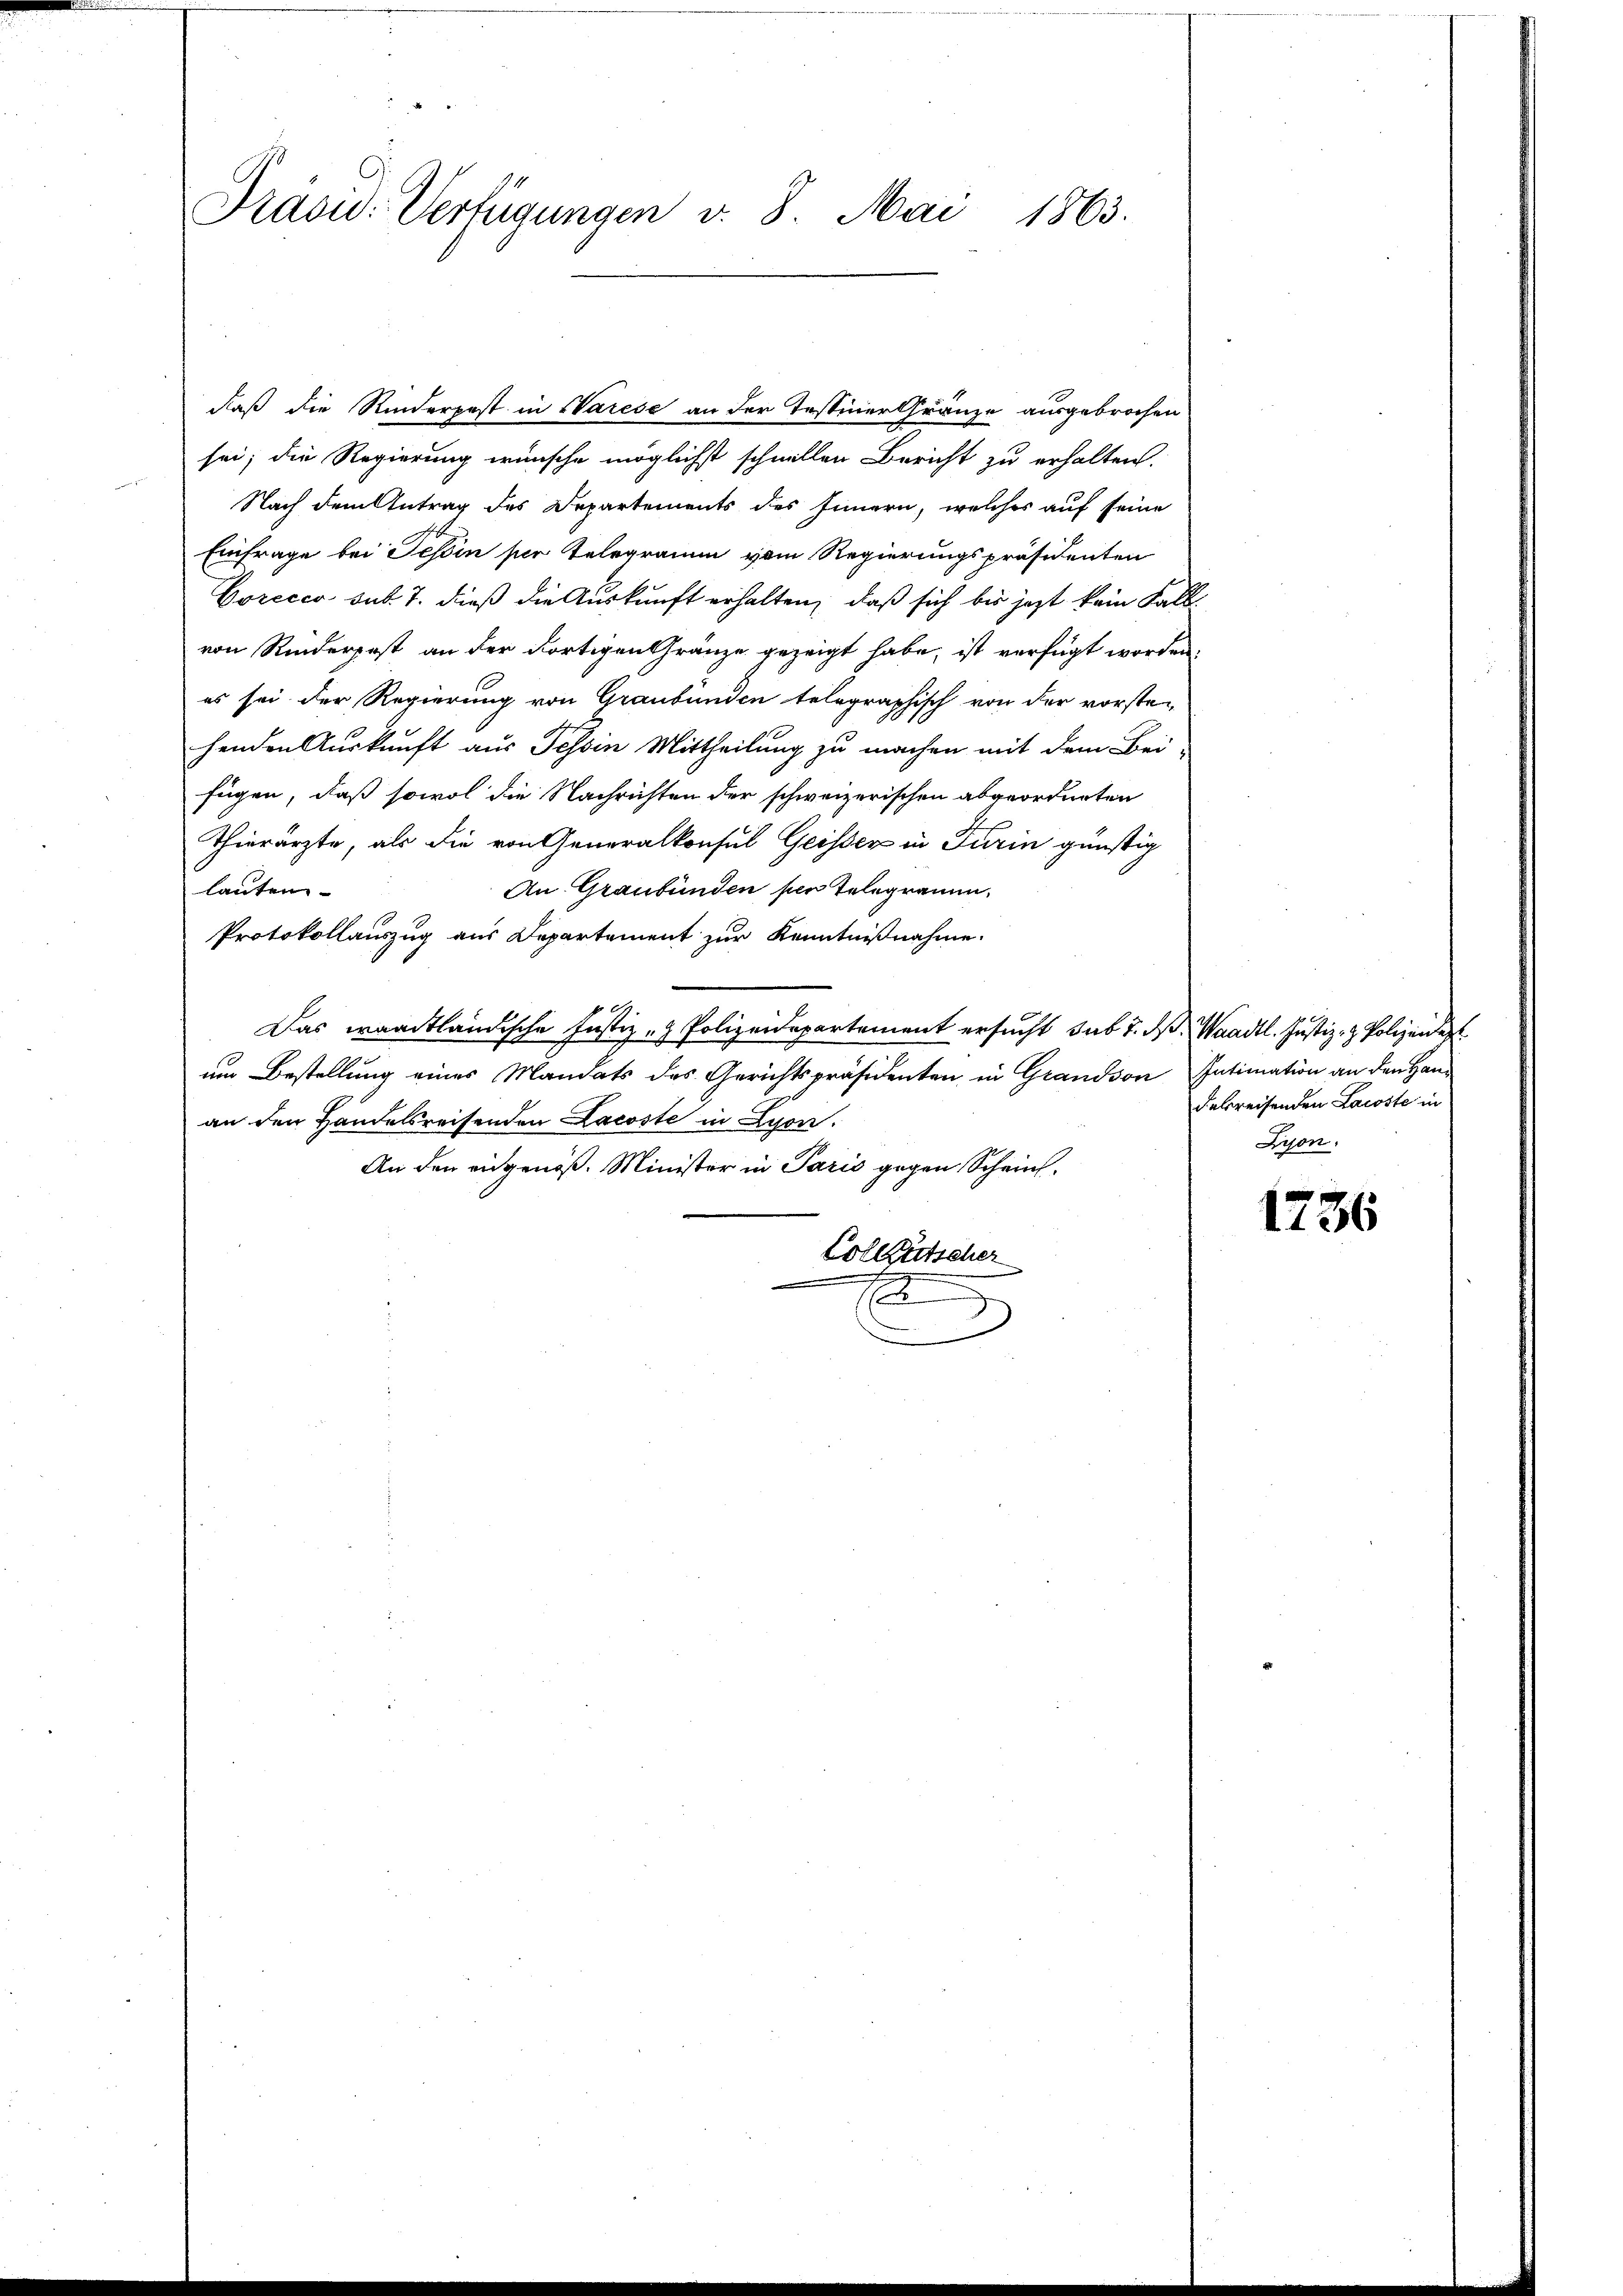
Drasu: Verfügungen v. 8. Mai 1863.

daß die Rinderpost in Warese an der Testiner Gränze ausgebrochen
sei; die Regierung wünsche möglichst schnellen Bericht zu erhalten.
Nach dem Antrag des Departements des Innern, welches auf seine
Einfrage bei Tessin ser Telegramm vom Regierungspräsidenten
Corecco sub. 7. dieß die Auskunft erhalten, daß sich bis jezt kein Fall
von Rinderpest an der dortigen Gränze gezeigt habe, ist verfügt worden,
es sei der Regierung von Graubünden telegraphisch von der vorstehenden Auskunft aus Tessin Mittheilung zu machen mit dem Bei-
fügen, daß sowol die Nachrichten der schweizerischen abgeordneten
Thierärzte, als die von Generalkonsul Geisser in Turin günstig
An Graubünden per Telegramm.
lauten
Protokollauszug aus Departement zur Kenntnißnahme.
Das waadtländische Justiz- & Polizeidepartement ersucht sub 7. ds. Waadt. Justiz- & Polizeide
um Bestellung eines Mandats des Gerichtspräsidenten in Grandson Intimation an den Hanan den Handelsreisenden Lacoste in Lyon.
An den eidgenöß. Minister in Paris gegen Schein¬
Collgütscher
E
u

dekreisenden Lacoste in
Zyon.

1736